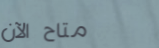
متاح الآن